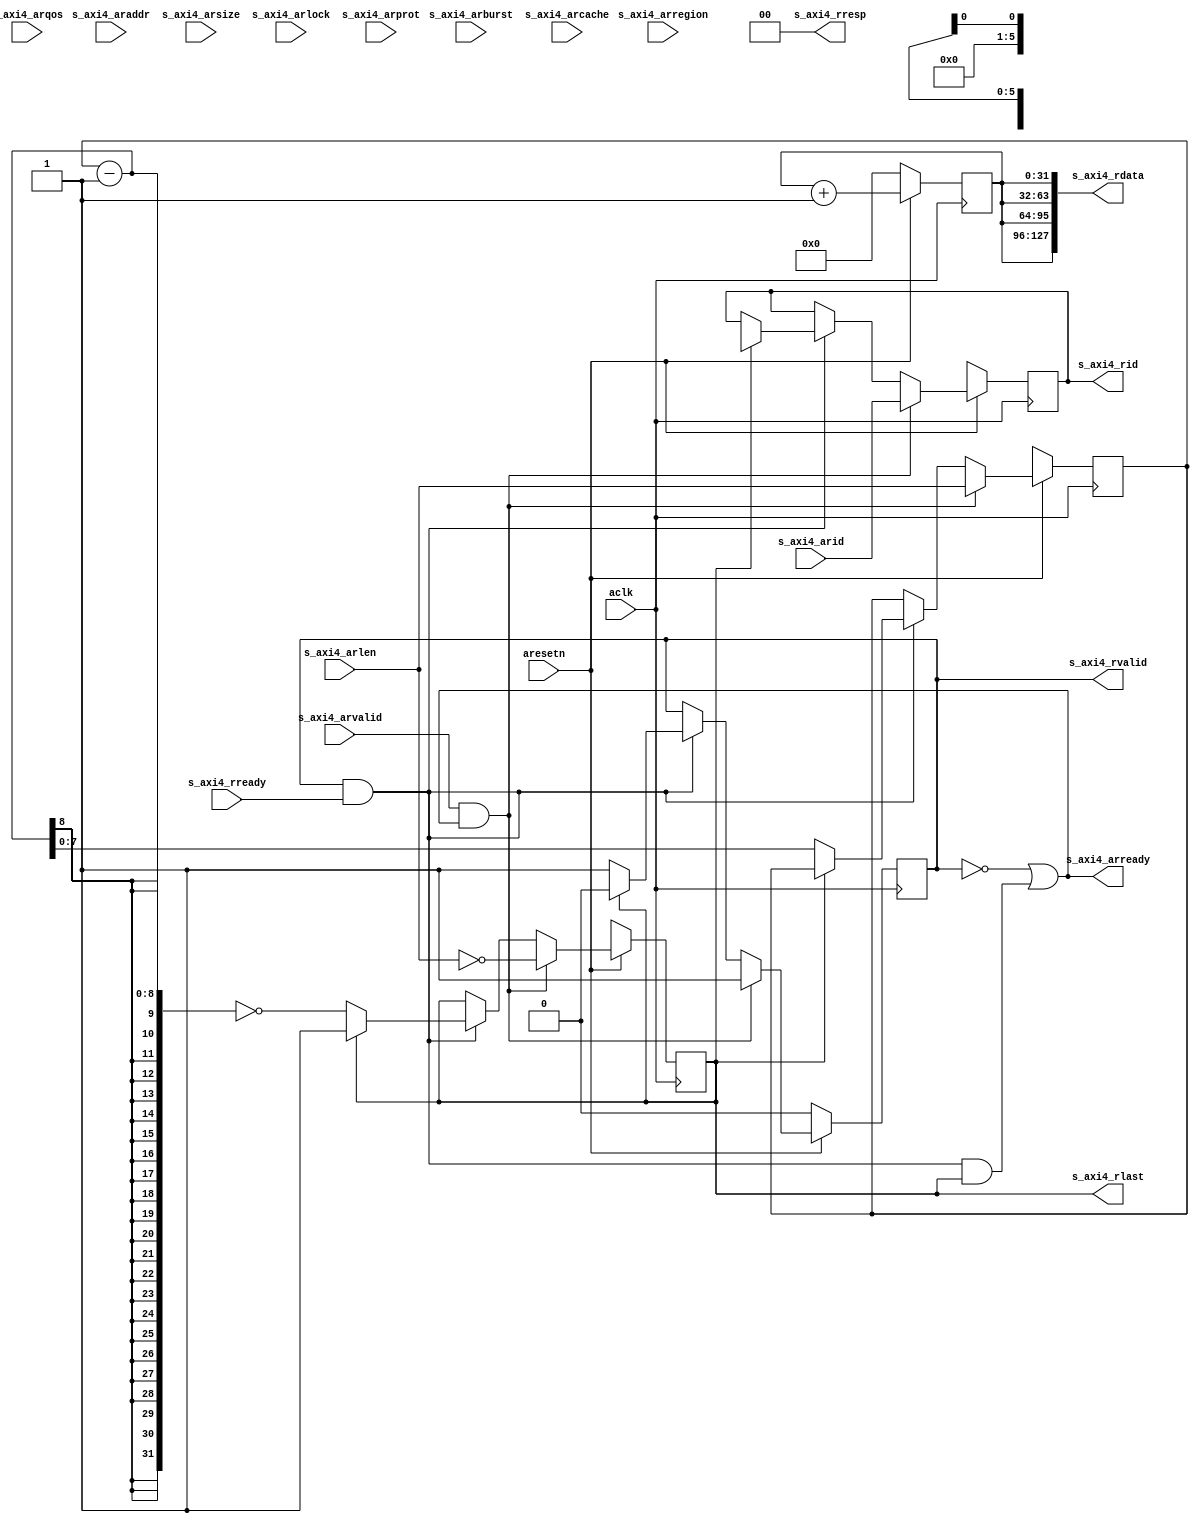
// This program was cloned from: https://github.com/ryuz/jelly
// License: MIT License

// ---------------------------------------------------------------------------
//  Jelly  -- The platform for real-time computing
//
//                                 Copyright (C) 2008-2020 by Ryuz
//                                 https://github.com/ryuz/jelly.git
// ---------------------------------------------------------------------------



`timescale 1ns / 1ps
`default_nettype none



module jelly_axi4_dummy_slave_read
        #(
            // AXI4
            parameter   BYTE_WIDTH      = 8,
            parameter   AXI4_ID_WIDTH   = 6,
            parameter   AXI4_ADDR_WIDTH = 32,
            parameter   AXI4_DATA_SIZE  = 4,
            parameter   AXI4_DATA_WIDTH = (BYTE_WIDTH << AXI4_DATA_SIZE),
            parameter   AXI4_STRB_WIDTH = AXI4_DATA_WIDTH / BYTE_WIDTH,
            parameter   AXI4_LEN_WIDTH  = 8,
            parameter   AXI4_QOS_WIDTH  = 4
        )
        (
            input   wire                            aresetn,
            input   wire                            aclk,
            
            input   wire    [AXI4_ID_WIDTH-1:0]     s_axi4_arid,
            input   wire    [AXI4_ADDR_WIDTH-1:0]   s_axi4_araddr,
            input   wire    [AXI4_LEN_WIDTH-1:0]    s_axi4_arlen,
            input   wire    [2:0]                   s_axi4_arsize,
            input   wire    [1:0]                   s_axi4_arburst,
            input   wire    [0:0]                   s_axi4_arlock,
            input   wire    [3:0]                   s_axi4_arcache,
            input   wire    [2:0]                   s_axi4_arprot,
            input   wire    [AXI4_QOS_WIDTH-1:0]    s_axi4_arqos,
            input   wire    [3:0]                   s_axi4_arregion,
            input   wire                            s_axi4_arvalid,
            output  wire                            s_axi4_arready,
            output  wire    [AXI4_ID_WIDTH-1:0]     s_axi4_rid,
            output  wire    [AXI4_DATA_WIDTH-1:0]   s_axi4_rdata,
            output  wire    [1:0]                   s_axi4_rresp,
            output  wire                            s_axi4_rlast,
            output  wire                            s_axi4_rvalid,
            input   wire                            s_axi4_rready
        );
    
    
    // dummy
    reg     [31:0]                  reg_counter;
    reg     [AXI4_ID_WIDTH-1:0]     reg_id;
    reg                             reg_rlast;
    reg     [AXI4_LEN_WIDTH-1:0]    reg_rlen;
    reg                             reg_rvalid;
    
    always @(posedge aclk) begin
        if ( ~aresetn ) begin
            reg_counter <= 0;
            reg_id      <= {AXI4_ID_WIDTH{1'bx}};
            reg_rlast   <= 1'bx;
            reg_rlen    <= {AXI4_LEN_WIDTH{1'bx}};
            reg_rvalid  <= 1'b0;
        end
        else begin
            reg_counter <= reg_counter + 1;
            
            if ( s_axi4_rvalid & s_axi4_rready ) begin
                if ( s_axi4_rlast ) begin
                    reg_id     <= 
                    reg_rlast  <= 1'bx;
                    reg_rvalid <= 1'b0;
                end
                else begin
                    reg_rlen   <= reg_rlen - 1;
                    reg_rlast  <= (reg_rlen - 1) == 0;
                    reg_rvalid <= 1'b1;
                end
            end
            
            if ( s_axi4_arvalid & s_axi4_arready ) begin
                reg_id     <= s_axi4_arid;
                reg_rlen   <= s_axi4_arlen;
                reg_rlast  <= (s_axi4_arlen == 0);
                reg_rvalid <= 1'b1;
            end
        end
    end
    
    assign s_axi4_arready = !reg_rvalid || (s_axi4_rvalid & s_axi4_rready & s_axi4_rlast);
    
    assign s_axi4_rid     = reg_id;
    assign s_axi4_rdata   = {4{reg_counter}};
    assign s_axi4_rresp   = 2'b00;
    assign s_axi4_rlast   = reg_rlast;
    assign s_axi4_rvalid  = reg_rvalid;
    
    
    
    // debug for sim
    integer     count_ar;
    integer     count_r;
    integer     count_arlen;
    integer     count_rlen;
    always @(posedge aclk) begin
        if ( ~aresetn ) begin
            count_ar <= 0;
            count_r  <= 0;
            count_arlen <= 0;
            count_rlen  <= 0;
        end
        else begin
            if ( s_axi4_arvalid & s_axi4_arready ) begin
                count_ar    <= count_ar + 1;
                count_arlen <= count_arlen + s_axi4_arlen + 1;
            end
            
            if ( s_axi4_rvalid & s_axi4_rready ) begin
                count_r    <= count_r + s_axi4_rlast;
                count_rlen <= count_rlen + 1;
            end
        end
    end
    
    
endmodule


`default_nettype wire


// end of file